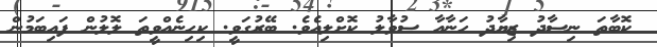
ކޮބާތަ ނިސާދު ޒިޔާދު ހަނާއާ ސުވާލު ކޮށްލިއެވެ. ބޭރުގަވީ. ކިހިނެއްވީތަ ލޮލުން ފައިބަމުން